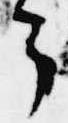
了